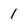
Character: 1